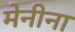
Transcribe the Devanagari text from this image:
मेनीना